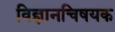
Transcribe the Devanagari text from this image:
विज्ञानचिषयक